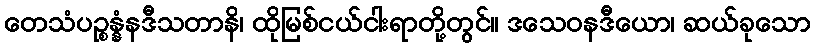
တေသံပဉ္စန္နံနဒီသတာနိ၊ ထိုမြစ်ငယ်ငါးရာတို့တွင်။ ဒသေဝနဒီယော၊ ဆယ်ခုသော